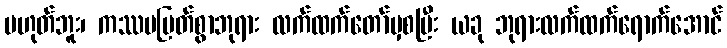
မဟုတ်ဘူး၊ ကဿပမြတ်စွာဘုရား လက်ထက်တော်မှစပြီး ယခု ဘုရားလက်ထက်ရောက်အောင်